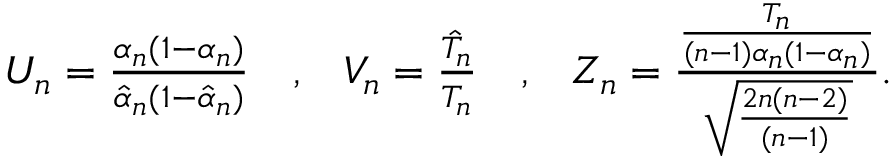
\begin{array} { r l r l r } { U _ { n } = \frac { \alpha _ { n } ( 1 - \alpha _ { n } ) } { \hat { \alpha } _ { n } ( 1 - \hat { \alpha } _ { n } ) } } & { \mathrm { , } } & { V _ { n } = \frac { \hat { T } _ { n } } { T _ { n } } } & { \mathrm { , } } & { Z _ { n } = \frac { \frac { T _ { n } } { ( n - 1 ) \alpha _ { n } ( 1 - \alpha _ { n } ) } } { \sqrt { \frac { 2 n ( n - 2 ) } { ( n - 1 ) } } } . } \end{array}